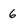
Character: 6